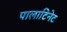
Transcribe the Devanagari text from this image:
पालाटिनेट